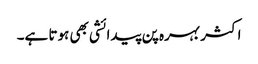
اکثر بہرہ پن پیدائشی بھی ہوتا ہے۔